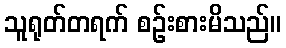
သူရုတ်တရက် စဉ်းစားမိသည်။